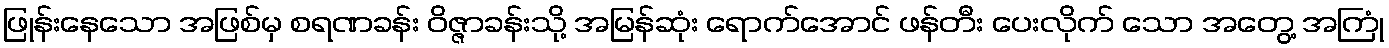
ဖြုန်းနေသော အဖြစ်မှ စရဏခန်း ဝိဇ္ဇာခန်းသို့ အမြန်ဆုံး ရောက်အောင် ဖန်တီး ပေးလိုက် သော အတွေ့ အကြုံ